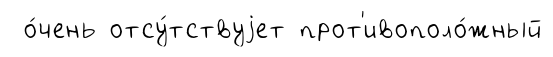
о́чень отсу́тствуjет прот'ивополо́жный